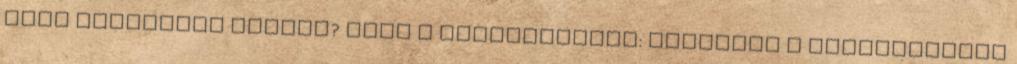
élet pálmaolaj nélkül? Vége a várakozásnak: megnyílt a tacskómúzeum